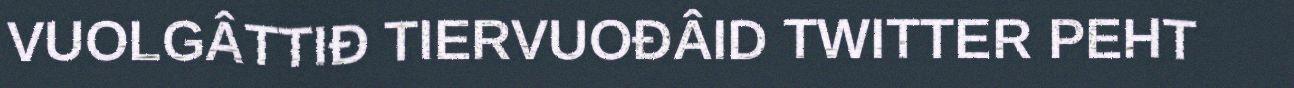
VUOLGÂTTIĐ TIERVUOĐÂID TWITTER PEHT